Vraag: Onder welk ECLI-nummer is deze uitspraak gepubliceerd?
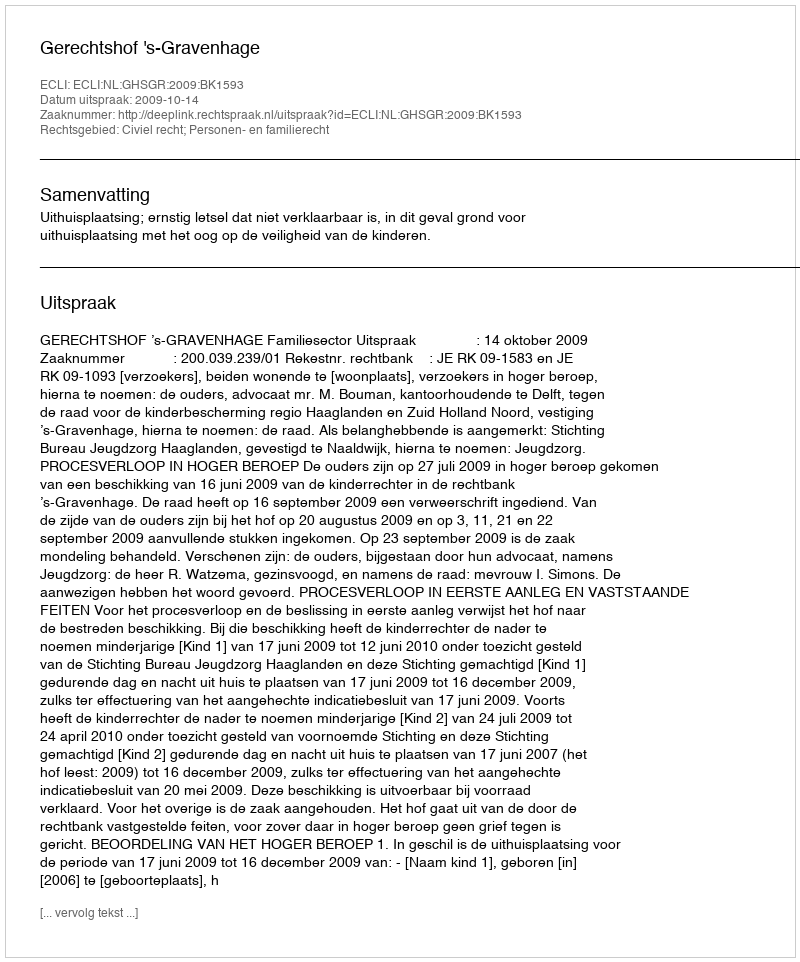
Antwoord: ECLI:NL:GHSGR:2009:BK1593